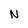
Character: N